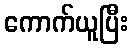
ကောက်ယူပြီး